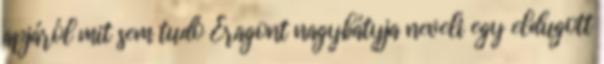
apjáról mit sem tudó Eragont nagybátyja neveli egy eldugott